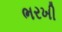
ભરખી